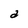
Character: a